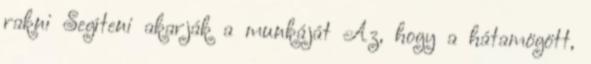
rakni Segíteni akarják a munkáját Az, hogy a hátamögött,